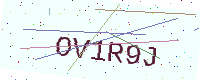
Text: OV1R9J